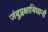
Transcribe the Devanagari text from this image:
जंबुप्लक्षाभिधानौ